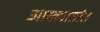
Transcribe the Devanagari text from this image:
आख्यातांत